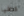
كافيا